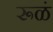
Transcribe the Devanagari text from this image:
रूळं